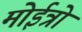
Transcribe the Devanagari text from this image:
मोईत्रो